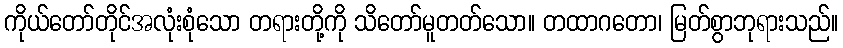
ကိုယ်တော်တိုင်အလုံးစုံသော တရားတို့ကို သိတော်မူတတ်သော။ တထာဂတော၊ မြတ်စွာဘုရားသည်။